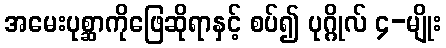
အမေးပုစ္ဆာကိုဖြေဆိုရာနှင့် စပ်၍ ပုဂ္ဂိုလ် ၄-မျိုး